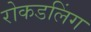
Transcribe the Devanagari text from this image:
रोकडलिंग